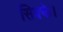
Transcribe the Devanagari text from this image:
सिक्के।